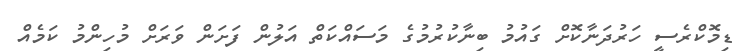
ޑިމޮކްރެސީ ހަރުދަނާކޮށް ގައުމު ބިނާކުރުމުގެ މަސައްކަތް އަލުން ފަށަން ވަރަށް މުހިންމު ކަމެއް